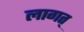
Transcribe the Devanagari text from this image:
लागत्